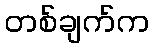
တစ်ချက်က